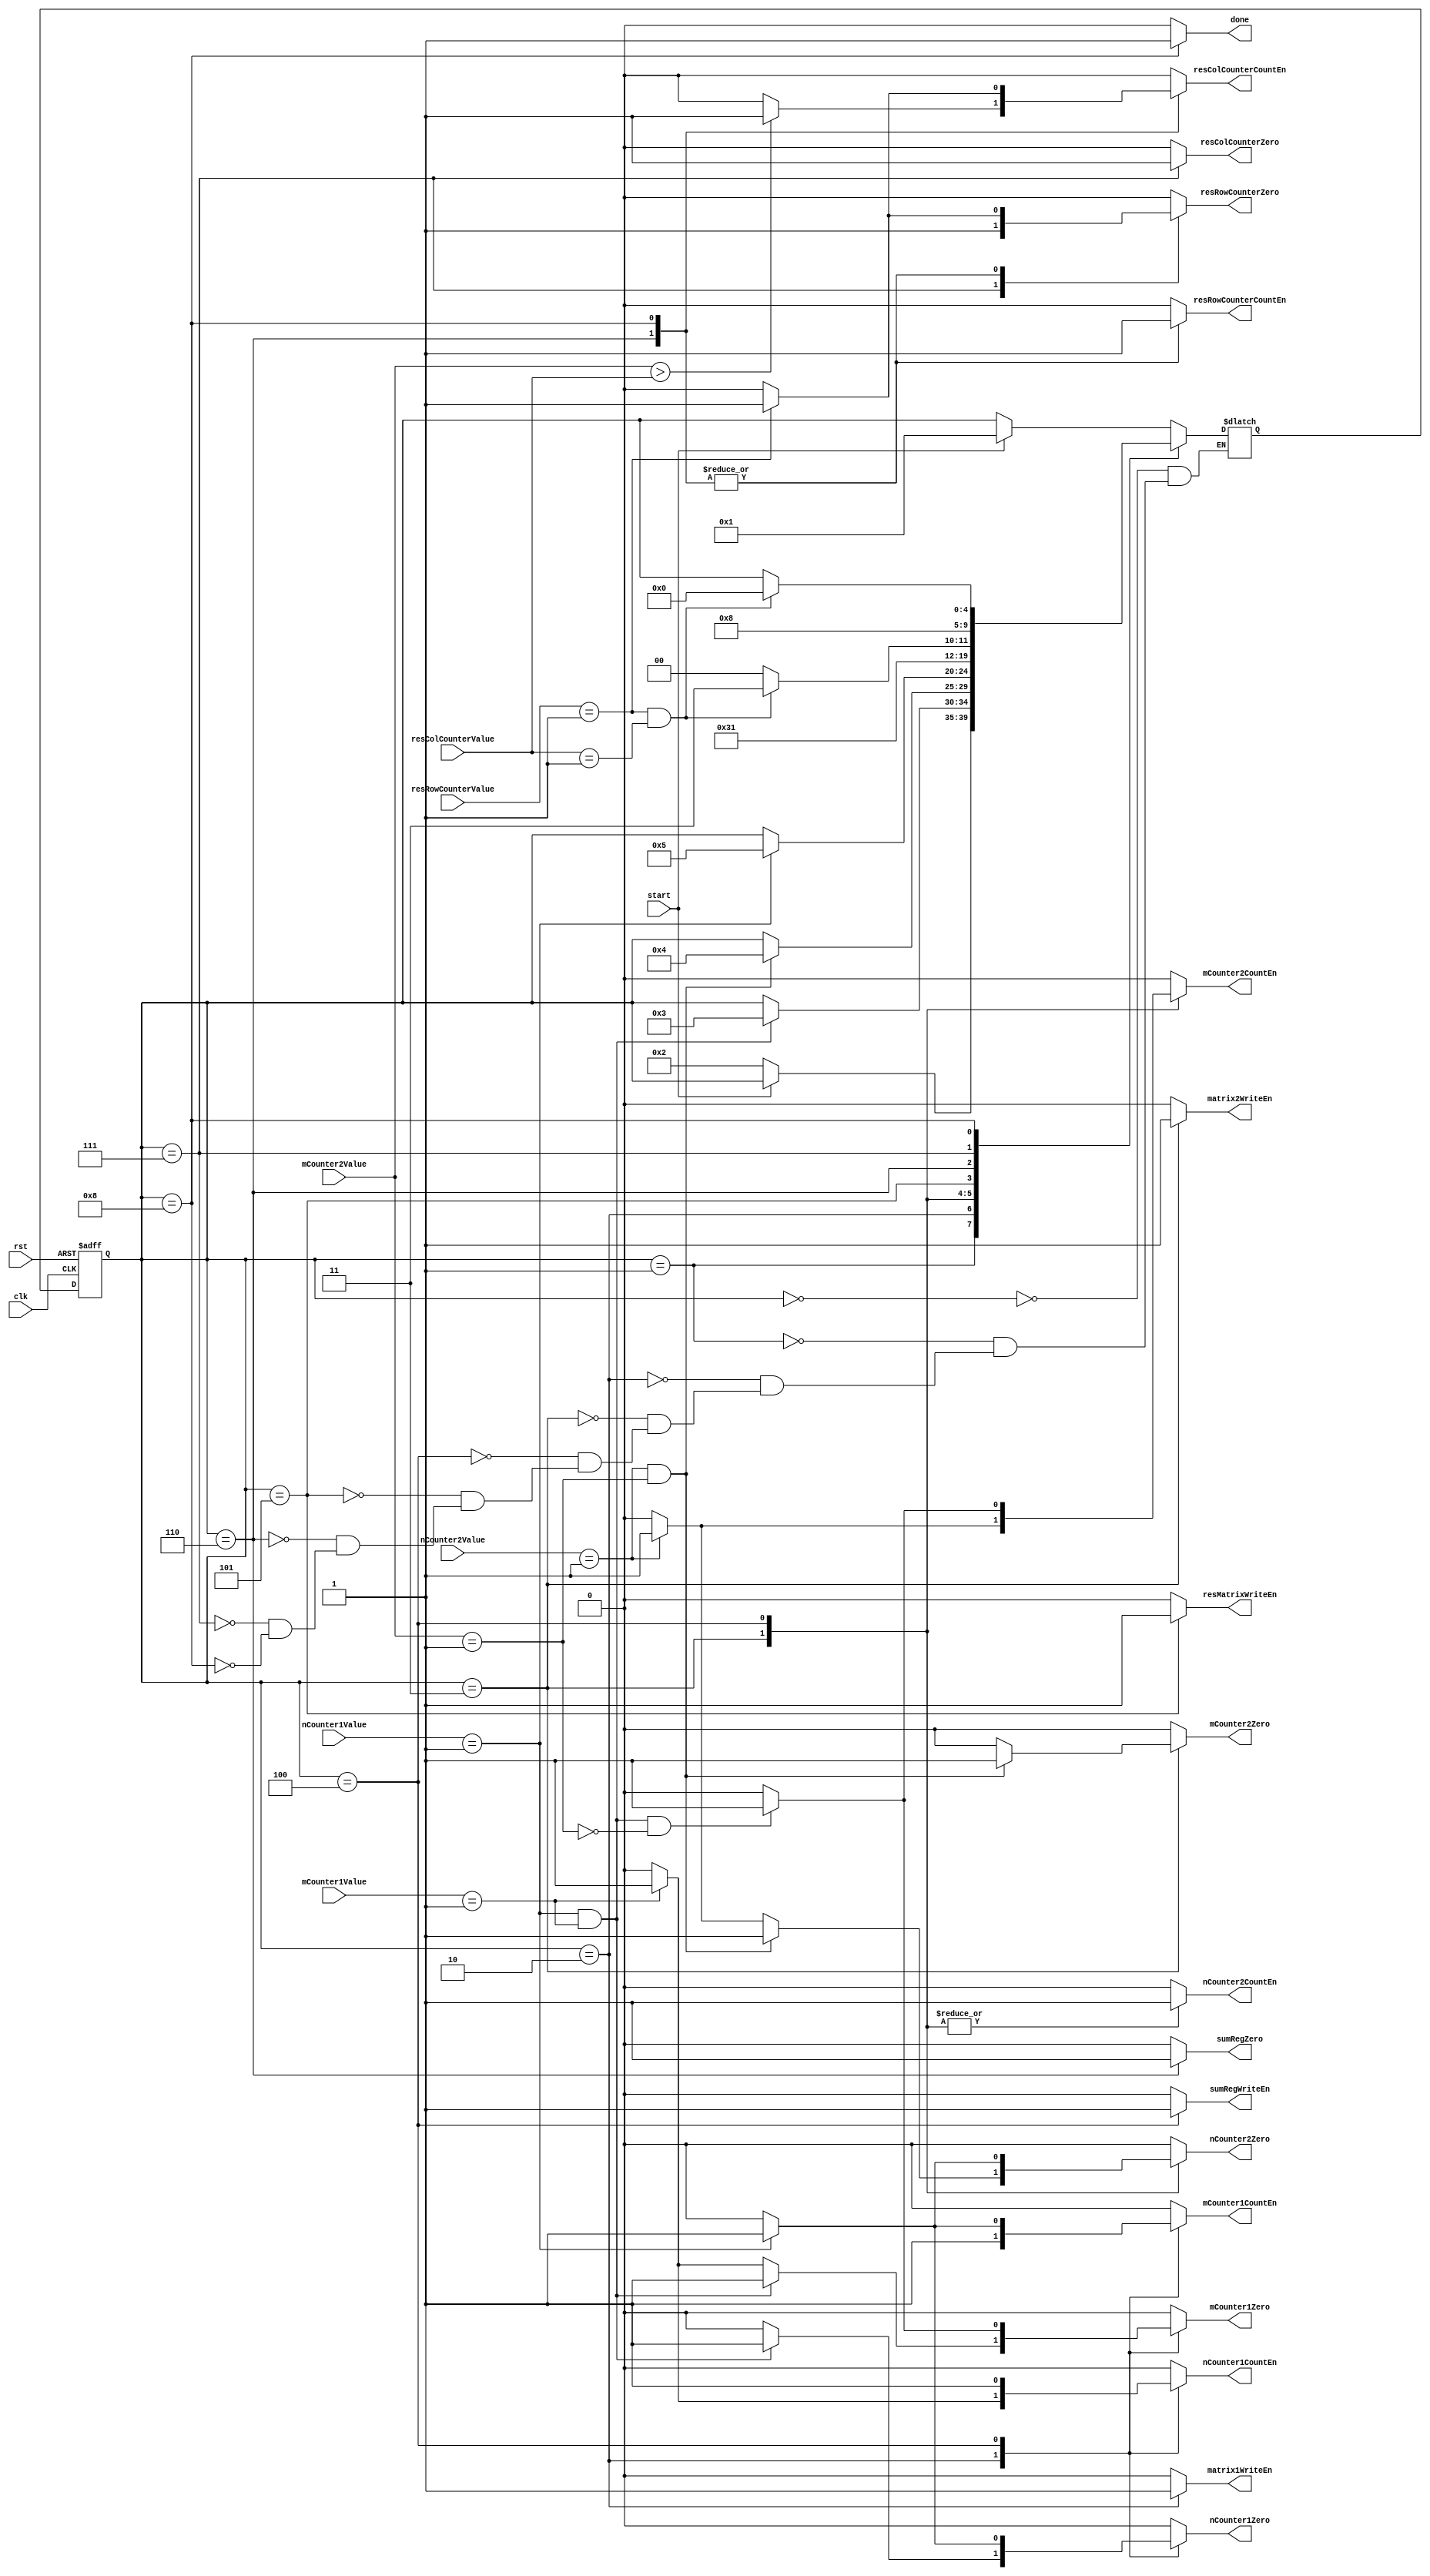
module cu (clk, rst, start, done, matrix1WriteEn, mCounter1CountEn, mCounter1Zero, nCounter1CountEn, nCounter1Zero,
  matrix2WriteEn, nCounter2CountEn, nCounter2Zero, mCounter2CountEn, mCounter2Zero, sumRegWriteEn, sumRegZero,
  resMatrixWriteEn, resRowCounterCountEn, resColCounterCountEn, resRowCounterZero, resColCounterZero,mCounter1Value,
  nCounter1Value, mCounter2Value, nCounter2Value, resRowCounterValue, resColCounterValue);

  parameter N = 2-1;
  parameter M = 2-1;
  parameter DW = 8;
  parameter RW = 3 * DW;

  input clk, rst, start;
  input [DW-1:0] mCounter1Value, nCounter1Value, mCounter2Value, nCounter2Value, resRowCounterValue, resColCounterValue;

  output reg done, matrix1WriteEn, mCounter1CountEn, mCounter1Zero, nCounter1CountEn, nCounter1Zero,
   matrix2WriteEn, nCounter2CountEn, nCounter2Zero, mCounter2CountEn, mCounter2Zero, sumRegWriteEn, sumRegZero,
   resMatrixWriteEn, resRowCounterCountEn, resColCounterCountEn, resRowCounterZero, resColCounterZero;

  reg[4:0] ns, ps;
  parameter [4:0] IDLE=0, Starting=1, LoadFirstMatrix=2, LoadSecondMatrix=3, Computing=4, SaveResult=5, IncResRowCol=6, ComputationCompleted=7,
    DeliverResult=8;

  always @ (ps, start, nCounter1Value, nCounter2Value, mCounter1Value, mCounter2Value, resRowCounterValue, resColCounterValue) begin
    // ns <= ps;
    case(ps)
      IDLE: ns <= (start)? Starting : ps;
      Starting: ns <= (start)? ps : LoadFirstMatrix;
      LoadFirstMatrix: ns <= ((nCounter1Value == N) && (mCounter1Value == M))? LoadSecondMatrix : ps;
      LoadSecondMatrix: ns <= ((nCounter2Value == N) && (mCounter2Value == M))? Computing : ps;
      // Computing: ns <= ((nCounter2Value == N) && (mCounter2Value == M) && (nCounter1Value == N) && (mCounter1Value == M))? ComputationCompleted : ps;
      Computing: ns <= (nCounter1Value == N)? SaveResult : ps;
      SaveResult: ns <= IncResRowCol;
      IncResRowCol: ns<=((resRowCounterValue == M) && (resColCounterValue == M))? ComputationCompleted: Computing;
      ComputationCompleted: ns <= DeliverResult;
      DeliverResult: ns <= ((resRowCounterValue == M) && (resColCounterValue == M))? IDLE : ps;
    endcase
  end

  always @ (ps, nCounter1Value, nCounter2Value, mCounter1Value, mCounter2Value, resRowCounterValue, resColCounterValue) begin
    done <= 0; matrix1WriteEn <= 0; mCounter1CountEn <= 0; mCounter1Zero <= 0; nCounter1CountEn <= 0; nCounter1Zero <= 0;
    matrix2WriteEn <= 0; nCounter2CountEn <= 0; nCounter2Zero <= 0; mCounter2CountEn <= 0; mCounter2Zero <= 0; sumRegWriteEn <= 0; sumRegZero <= 0;
    resMatrixWriteEn <= 0; resRowCounterCountEn <= 0; resColCounterCountEn <= 0; resRowCounterZero <= 0; resColCounterZero <= 0;

    case(ps)
      IDLE: done <= 0;
      Starting: ;
      LoadFirstMatrix: begin
        mCounter1CountEn <= 1;
        matrix1WriteEn <= 1;
        if(mCounter1Value == M) begin
          nCounter1CountEn <= 1;
          mCounter1Zero <= 1;
        end
        if((nCounter1Value == N) && (mCounter1Value == M)) begin
          nCounter1Zero <= 1;
          mCounter1Zero <= 1;
        end
      end
      LoadSecondMatrix: begin
        nCounter2CountEn <= 1;
        matrix2WriteEn <= 1;
        if(nCounter2Value == N) begin
          nCounter2Zero <= 1;
          mCounter2CountEn <= 1;
        end
        if((mCounter2Value == M) && (nCounter2Value == N)) begin
          nCounter2Zero <= 1;
          mCounter2Zero <= 1;
        end
      end
      Computing: begin
        sumRegWriteEn <= 1;
        nCounter1CountEn <= 1;
        nCounter2CountEn <= 1;
        if (nCounter1Value == N) begin
          nCounter1Zero <= 1;
          nCounter2Zero <= 1;
          mCounter1CountEn <= 1;
        end
        if ((nCounter1Value == N) && (mCounter1Value == M) && (~(mCounter2Value == M))) begin
          mCounter2CountEn <= 1;
          mCounter1Zero <= 1;
        end
      end
      SaveResult: begin
        resMatrixWriteEn <= 1;
      end
      IncResRowCol: begin
        sumRegZero <= 1;
        resRowCounterCountEn <= 1;
        if(resRowCounterValue == M) resRowCounterZero <= 1;
        if(mCounter2Value > resColCounterValue) begin
          resColCounterCountEn <= 1;
        end
      end
      ComputationCompleted: begin
        resRowCounterZero <= 1;
        resColCounterZero <= 1;
      end
      DeliverResult: begin
        resRowCounterCountEn <= 1;
        done <= 1;
        if(resRowCounterValue == M) begin
          resRowCounterZero <= 1;
          resColCounterCountEn <= 1;
        end
      end
    endcase
  end

  always @ (posedge clk, posedge rst) begin
    if(rst) begin
      ps <= IDLE;
    end
    else begin
      ps <= ns;
    end
  end

endmodule // cu